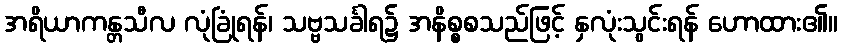
အရိယာကန္တသီလ လုံခြုံရန်၊ သဗ္ဗသင်္ခါရ၌ အနိစ္စစသည်ဖြင့် နှလုံးသွင်းရန် ဟောထား၏။